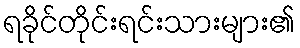
ရခိုင်တိုင်းရင်းသားများ၏